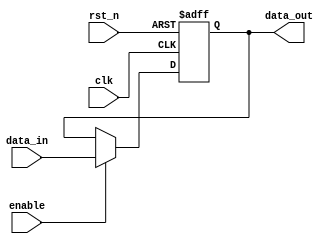
module InputRegister #(
    parameter DATA_WIDTH = 8  // Parameter to define the width of the input data
)(
    input wire clk,            // Clock signal
    input wire rst_n,         // Asynchronous active-low reset
    input wire enable,        // Enable signal for capturing input data
    input wire [DATA_WIDTH-1:0] data_in, // Input data lines
    output reg [DATA_WIDTH-1:0] data_out // Output data lines
);

// Always block triggered on the rising edge of the clock or the asynchronous reset
always @(posedge clk or negedge rst_n) begin
    if (!rst_n) begin
        // Asynchronous reset: set output to zero
        data_out <= {DATA_WIDTH{1'b0}};
    end else if (enable) begin
        // Capture input data on the rising edge of the clock if enabled
        data_out <= data_in;
    end
    // If enable is low, retain the previous value of data_out
end

endmodule